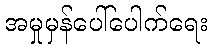
အမှုမှန်ပေါ်ပေါက်ရေး